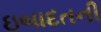
ઇબાદતની